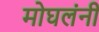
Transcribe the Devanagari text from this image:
मोघलंनी